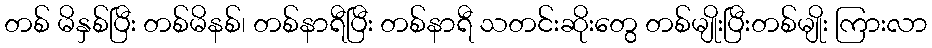
တစ် မိနှစ်ပြီး တစ်မိနစ်၊ တစ်နာရီပြီး တစ်နာရီ သတင်းဆိုးတွေ တစ်မျိုးပြီးတစ်မျိုး ကြားလာ